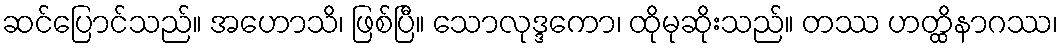
ဆင်ပြောင်သည်။ အဟောသိ၊ ဖြစ်ပြီ။ သောလုဒ္ဒကော၊ ထိုမုဆိုးသည်။ တဿ ဟတ္ထိနာဂဿ၊